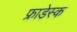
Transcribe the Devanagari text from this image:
फ्राडेस्क